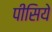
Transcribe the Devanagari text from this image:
पीसिये